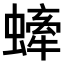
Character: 𧐤